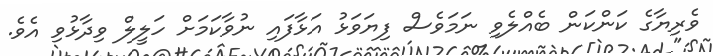
ވެރިޔާގެ ކަންކަން ބެއްލެވި ނަމަވެސް ފިޔަވަޅު އަޅާފައި ނުވާކަމަށް ހަލީލް ވިދާޅުވި އެވެ.